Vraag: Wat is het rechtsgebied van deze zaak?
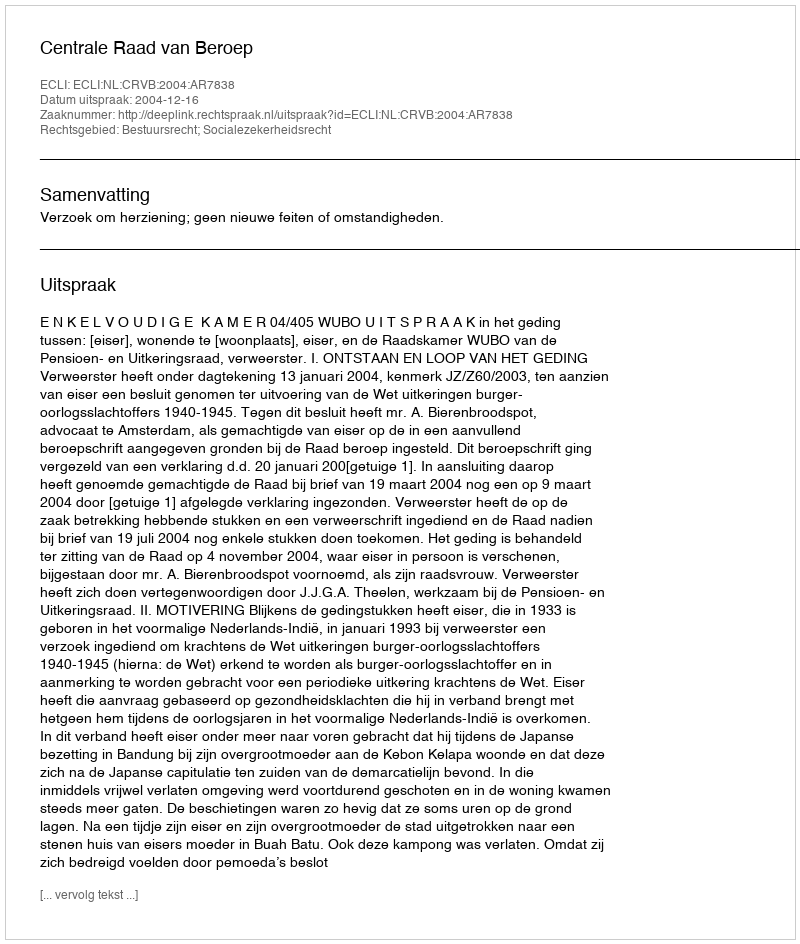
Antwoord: Bestuursrecht; Socialezekerheidsrecht